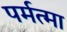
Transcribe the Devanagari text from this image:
पर्मत्मा